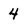
Character: 4